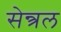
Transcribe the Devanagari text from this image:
सेन्त्रल